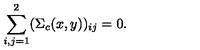
\sum _ { i , j = 1 } ^ { 2 } ( \Sigma _ { c } ( x , y ) ) _ { i j } = 0 .